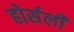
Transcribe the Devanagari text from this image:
होर्सली